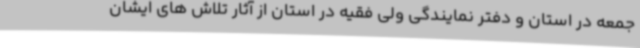
جمعه در استان و دفتر نمایندگی ولی فقیه در استان از آثار تلاش های ایشان